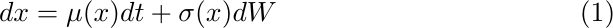
\begin{equation} \label{eq:driftDiff}
dx = \mu(x)dt + \sigma(x) dW
\end{equation}